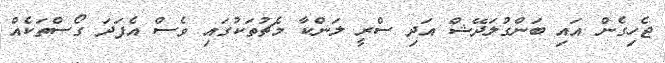
ޖެހިގެން އައި ބަންގުލަދޭޝް އަދި ސްރީ ލަންކާ މެޗުތަކުގައި ވެސް އެފަދަ ގޯސްތަކެއް